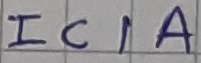
Text: IC1A